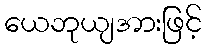
ယေဘုယျအားဖြင့်